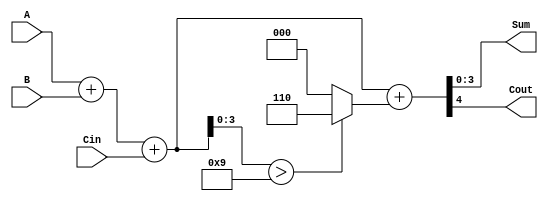
module bcd_ripple_carry_adder (
    input [3:0] A,          // First BCD digit
    input [3:0] B,          // Second BCD digit
    input Cin,              // Carry-in
    output [3:0] Sum,       // BCD result
    output Cout             // Carry-out
);
    wire [4:0] temp_sum;    // Temporary sum to hold carry
    wire [4:0] corrected_sum; // Sum after correction
    wire add6;              // Signal to add 6 if necessary

    // Step 1: Perform binary addition using full adders
    assign temp_sum = A + B + Cin;

    // Step 2: Determine if correction is needed (if sum > 9)
    assign add6 = temp_sum[3:0] > 4'b1001;

    // Step 3: Correct the sum if needed
    assign corrected_sum = temp_sum + (add6 ? 5'b00110 : 5'b00000);

    // Step 4: Assign the outputs
    assign Sum = corrected_sum[3:0];
    assign Cout = corrected_sum[4];

endmodule